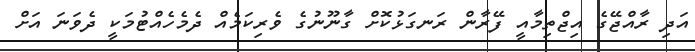
އަދި ރާއްޖޭގެ އިޖްތިމާއީ ފޭރާން ރަނގަޅުކޮށް ގާނޫނުގެ ވެރިކަމެއް ދެމެހެއްޓުމަކީ ދެވަނަ އަށް